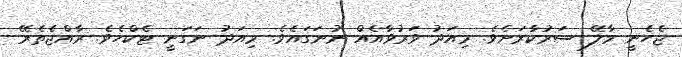
ޖެހެނީ މާލޭ ސަރުކާރަށެވެ. މިއަދު ވަރުވާއެއް ނުނަގައެވެ. މިއަދު ނަގަނީ ޓެކްހެވެ. ރާއްޖެތެރޭ